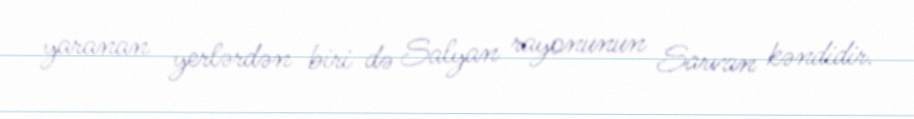
yaranan yerlərdən biri də Salyan rayonunun Sarvan kəndidir.